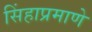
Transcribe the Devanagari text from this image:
सिंहाप्रमाणे